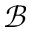
\mathcal { B }